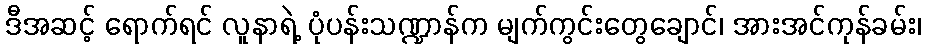
ဒီအဆင့် ရောက်ရင် လူနာရဲ့ ပုံပန်းသဏ္ဍာန်က မျက်ကွင်းတွေချောင်၊ အားအင်ကုန်ခမ်း၊